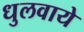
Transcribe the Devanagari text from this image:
धुलवाये